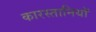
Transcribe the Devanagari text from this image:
कारस्तानियॉ